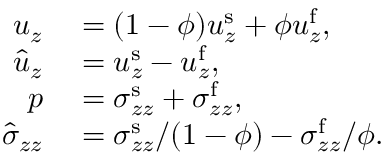
\begin{array} { r l } { u _ { z } } & { { } = ( 1 - \phi ) u _ { z } ^ { \mathrm { s } } + \phi u _ { z } ^ { \mathrm { f } } , } \\ { \hat { u } _ { z } } & { { } = u _ { z } ^ { \mathrm { s } } - u _ { z } ^ { \mathrm { f } } , } \\ { p } & { { } = \sigma _ { z z } ^ { \mathrm { s } } + \sigma _ { z z } ^ { \mathrm { f } } , } \\ { \hat { \sigma } _ { z z } } & { { } = \sigma _ { z z } ^ { \mathrm { s } } / ( 1 - \phi ) - \sigma _ { z z } ^ { \mathrm { f } } / \phi . } \end{array}